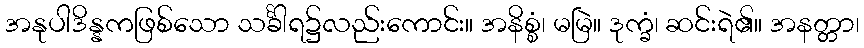
အနုပါဒိန္နကဖြစ်သော သင်္ခါရ၌လည်းကောင်း။ အနိစ္စံ၊ မမြဲ။ ဒုက္ခံ၊ ဆင်းရဲ၏။ အနတ္တာ၊